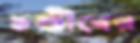
চণ্ডীবের